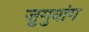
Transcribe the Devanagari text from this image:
ज़ुगुवांग